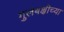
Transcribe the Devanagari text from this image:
गुलबक्षीच्या